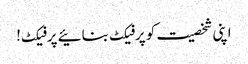
اپنی شخصیت کو پرفیکٹ بنائیے پرفیکٹ!